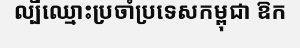
ល្បីឈ្មោះប្រចាំប្រទេសកម្ពុជា ឱក